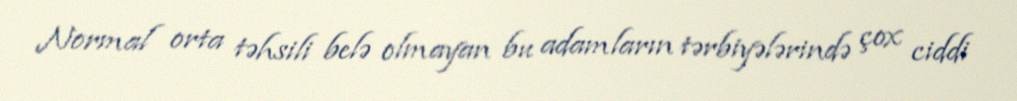
Normal orta təhsili belə olmayan bu adamların tərbiyələrində çox ciddi